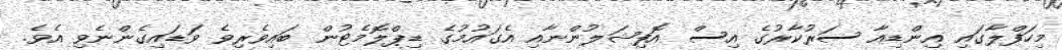
މިހަފްލާގައި އިންޑިއާ ސަރުކާރުގެ އިސް އޮފިޝަލުންނާއި އެގައުމުގެ ޑިޕްލޮމެޓުން ބައިވެރިވެ ވަޑައިގެންނެވި އެވެ.